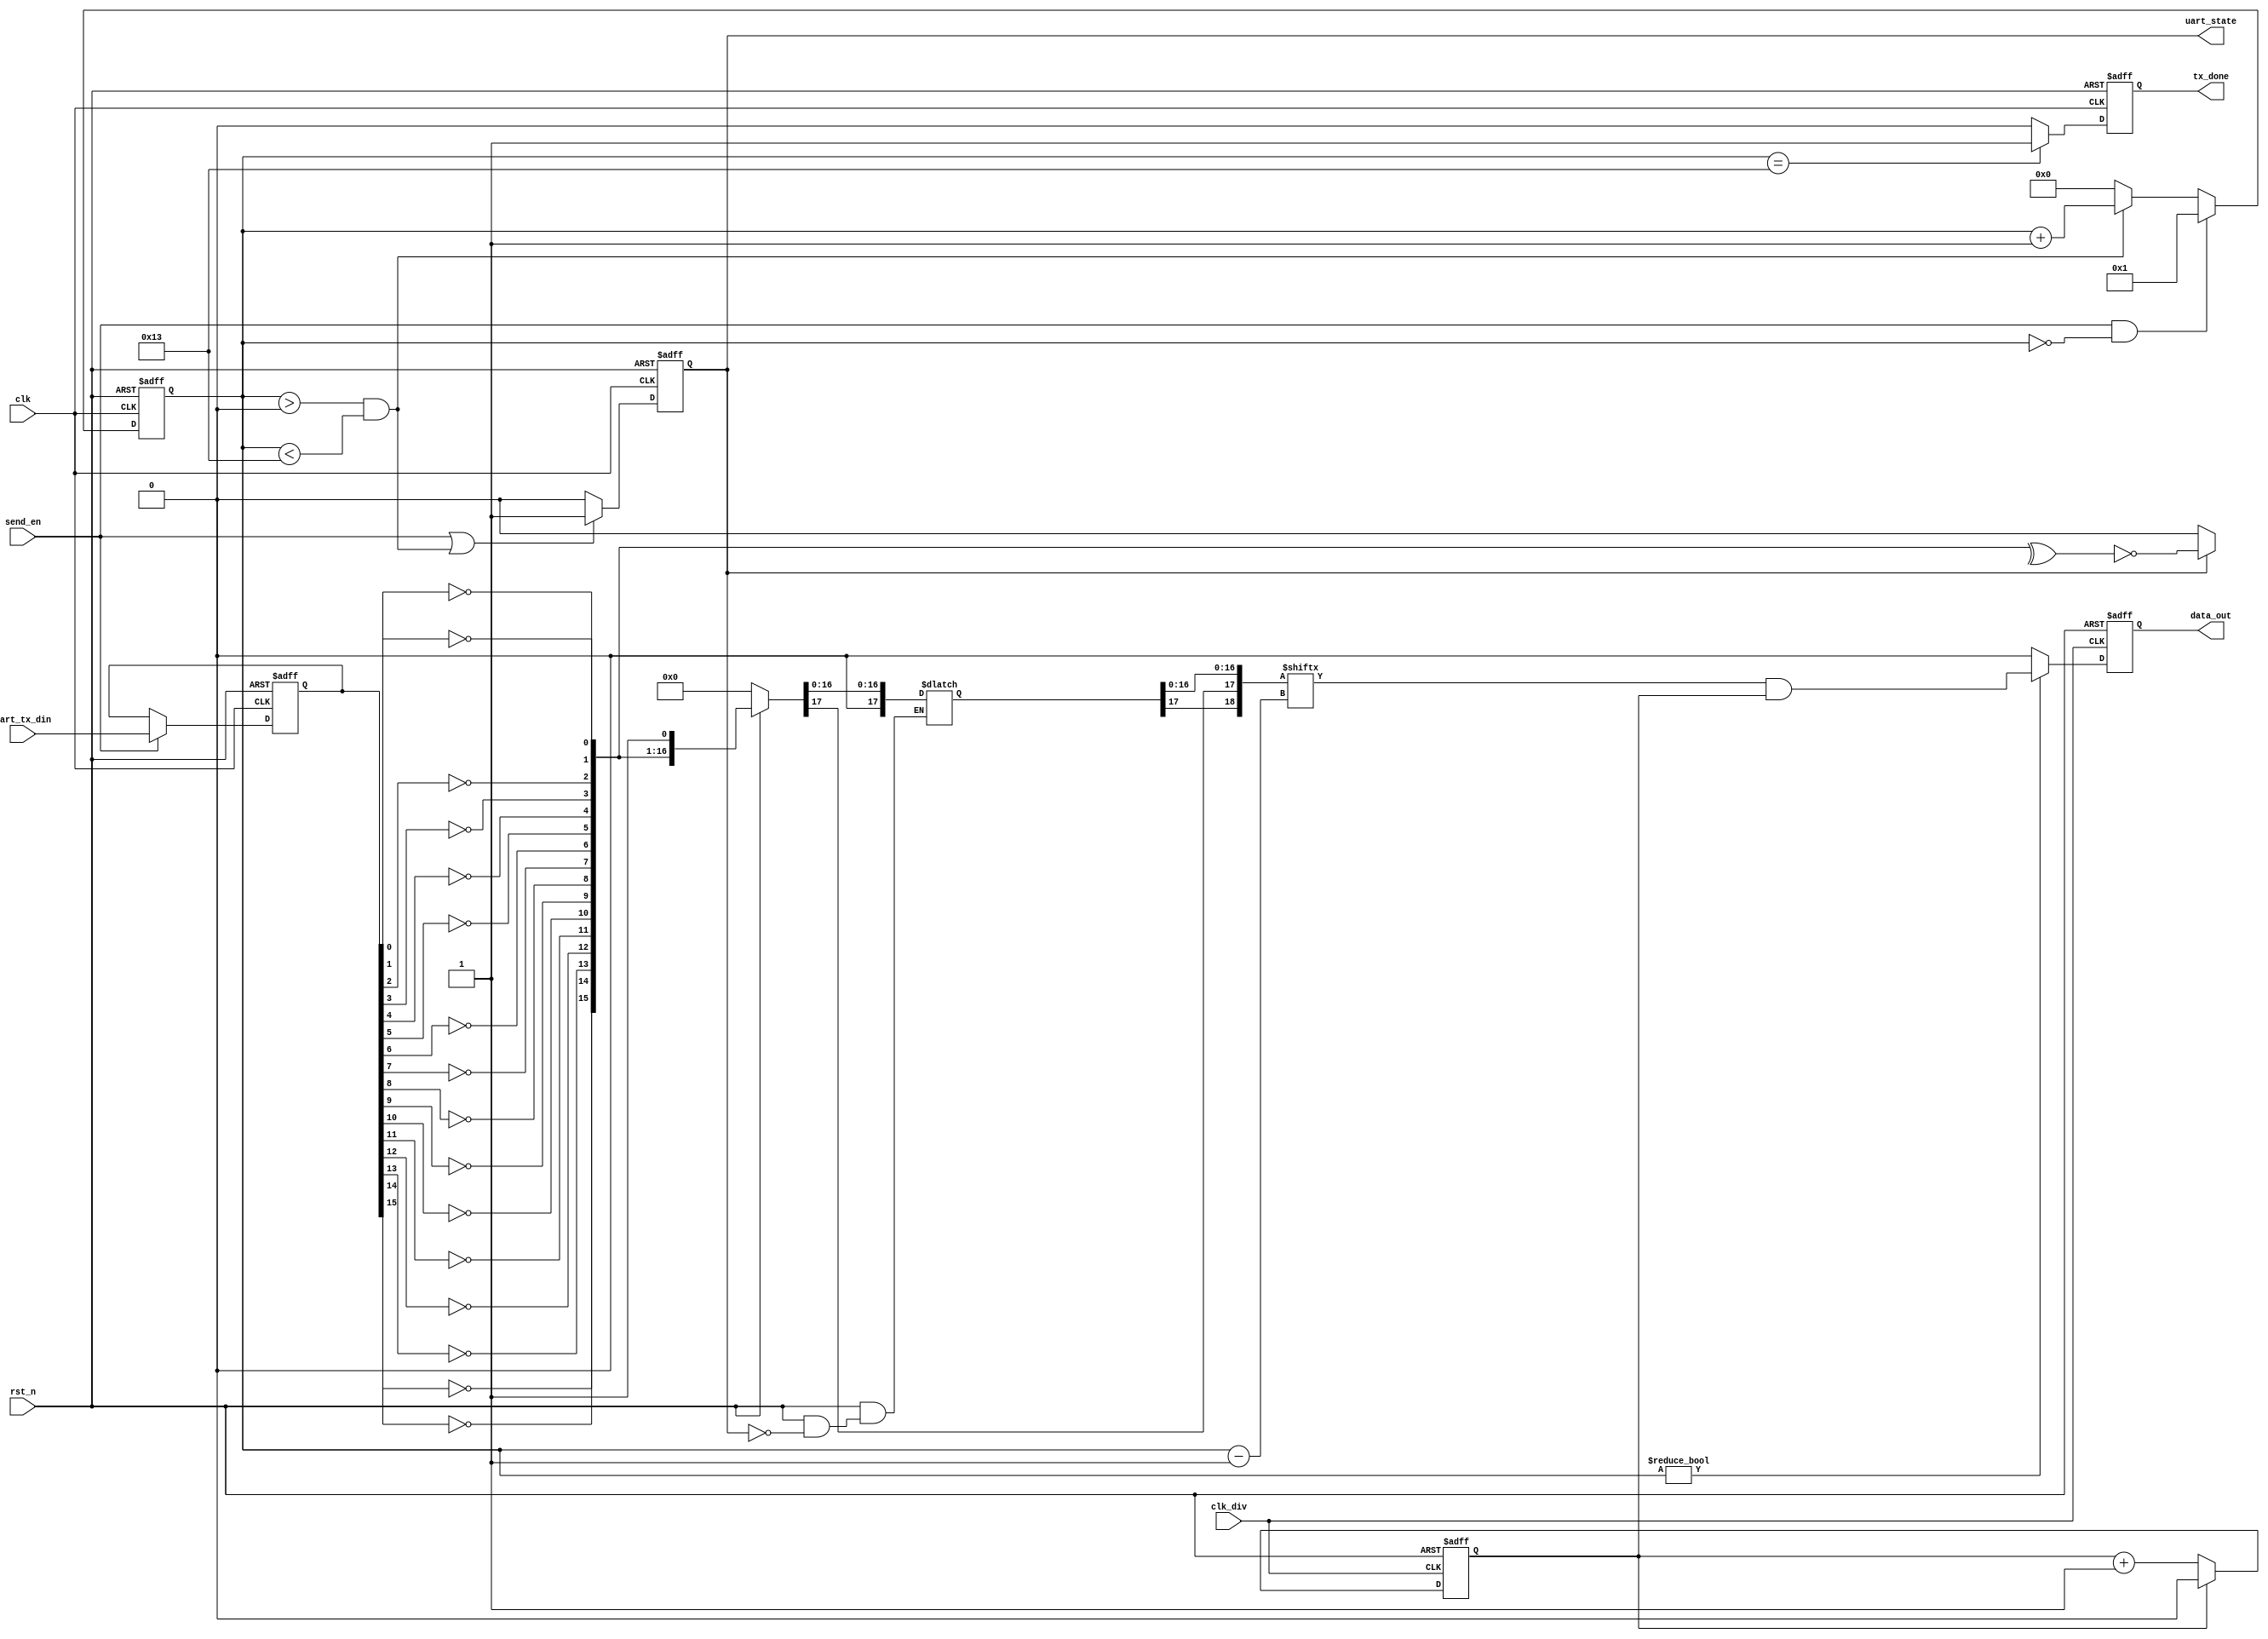
module Uart_Tx
#(
    parameter   START_BIT   =   1,
    parameter   DATA_BITS   =   16,
    parameter   PARITY_BIT  =   1,
    parameter   STOP_BIT    =   1,
    parameter   OSR         =   15
  // parameter BAUD_RATE = 
)
(
	clk,
	clk_div,
	rst_n,
	uart_tx_din,
	send_en,   

	data_out,  
	tx_done,   
	uart_state 
);
input clk;
input clk_div;
input rst_n;

input [DATA_BITS-1:0] uart_tx_din;
input send_en;   

//output data_out;
output reg data_out;
output reg tx_done;   
output reg uart_state ;

    localparam  CNT_WIDTH = $clog2(START_BIT+DATA_BITS+PARITY_BIT+STOP_BIT);
    reg [CNT_WIDTH : 0] clk_cnt;

reg [DATA_BITS-1:0] data_in;
always@(posedge clk or negedge rst_n)   begin
        if(!rst_n)
		data_in <= 0;
	else if(send_en)
		data_in <= uart_tx_din;
	else
		data_in <= data_in;
end

    // send_en==1start counting
    always@(posedge clk or negedge rst_n)   begin
        if(!rst_n)  
         clk_cnt <= 0;
        else if((send_en == 1)&&(clk_cnt==0))   
            clk_cnt <= 1;
        else if((clk_cnt > 0)&&(clk_cnt < START_BIT+DATA_BITS+PARITY_BIT+STOP_BIT))  
            clk_cnt <= clk_cnt + 1;
        else if(clk_cnt==START_BIT+DATA_BITS+PARITY_BIT+STOP_BIT)
            clk_cnt <= 0;
        else
            clk_cnt <= 0;
    end

    // uart_state
    always@(posedge clk or negedge rst_n)   begin
        if(!rst_n)  begin
            uart_state <= 0;
        end  
        else if((send_en == 1)||(clk_cnt>0&&clk_cnt<DATA_BITS+START_BIT+STOP_BIT+PARITY_BIT)) 
            uart_state <= 1;
        else
            uart_state <= 0;
    end

    // tx_done
    always@(posedge clk or negedge rst_n)   begin
	if(!rst_n)	
		tx_done <= 0;
	else if(clk_cnt==START_BIT+DATA_BITS+PARITY_BIT+STOP_BIT)	
		tx_done <= 1;
	else
		tx_done <= 0;
    end


	
	
   //generate output data
    integer  i;
    reg [DATA_BITS+START_BIT+STOP_BIT+PARITY_BIT-1 : 0]  data_temp;
    // data process
    always@(*)  begin
        if(!rst_n)  begin
            data_temp = 0;
        end
        else if(uart_state == 1)    begin
		      data_temp[0] = 1;
		      for(i=0;i<DATA_BITS;i=i+1)	begin
		          data_temp[i+1]=~data_in[i];
		      end
		      if(PARITY_BIT == 1)	begin
		          data_temp[DATA_BITS+1]=~(^data_temp[DATA_BITS:1]);
		          data_temp[DATA_BITS+2]=0;	
		      end
       		   else 
		          data_temp[DATA_BITS+1]=0;
	       end
	      else begin
	           data_temp[DATA_BITS+1]=0;
	      end
    end
	
	
	   //transfer data
    reg cnt_div;
    always@(posedge clk_div or negedge rst_n)   begin
        if(!rst_n)  
            cnt_div <= 0;
        else if(cnt_div==1)
            cnt_div <= 0;
        else
            cnt_div <= cnt_div + 1;
    end
//assign data_out =(clk_cnt==0)?1:data_temp[clk_cnt-1]&cnt_div;
 
 always@(posedge clk_div or negedge rst_n)  begin
    if(!rst_n)
        data_out <= 0;
    else if(clk_cnt!=0)
        data_out <= data_temp[clk_cnt-1]&cnt_div;
    else
	data_out <= 0;
end

 /*   always@(posedge clk or negedge rst_n)   begin
        if(!rst_n)  
            data_out <= 0;
        else if((uart_state==1)&&(cnt_div==1))
            data_out <= data_temp[clk_cnt-1];
        else
            data_out <= 0;
    end
    */
endmodule